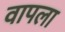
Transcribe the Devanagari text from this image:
वापला